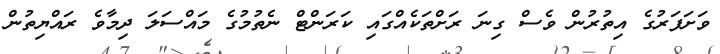
ވަށަފަރުގެ އިތުރުން ވެސް ގިނަ ރަށްތަކެއްގައި ކަރަންޓް ނެތުމުގެ މައްސަލަ ދިމާވެ ރައްޔިތުން